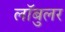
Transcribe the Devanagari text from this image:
लॉबुलर